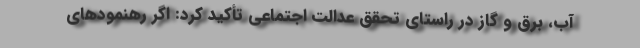
آب، برق و گاز در راستای تحقق عدالت اجتماعی تأکید کرد: اگر رهنمودهای